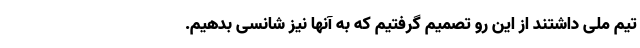
تیم ملی داشتند از این رو تصمیم گرفتیم که به آنها نیز شانسی بدهیم.